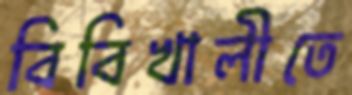
বিবিখালীতে